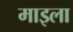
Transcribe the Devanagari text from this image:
माइला